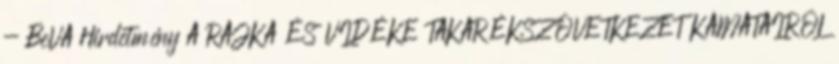
- BeVA Hirdetmény A RAJKA ÉS VIDÉKE TAKARÉKSZÖVETKEZET KAMATAIRÓL